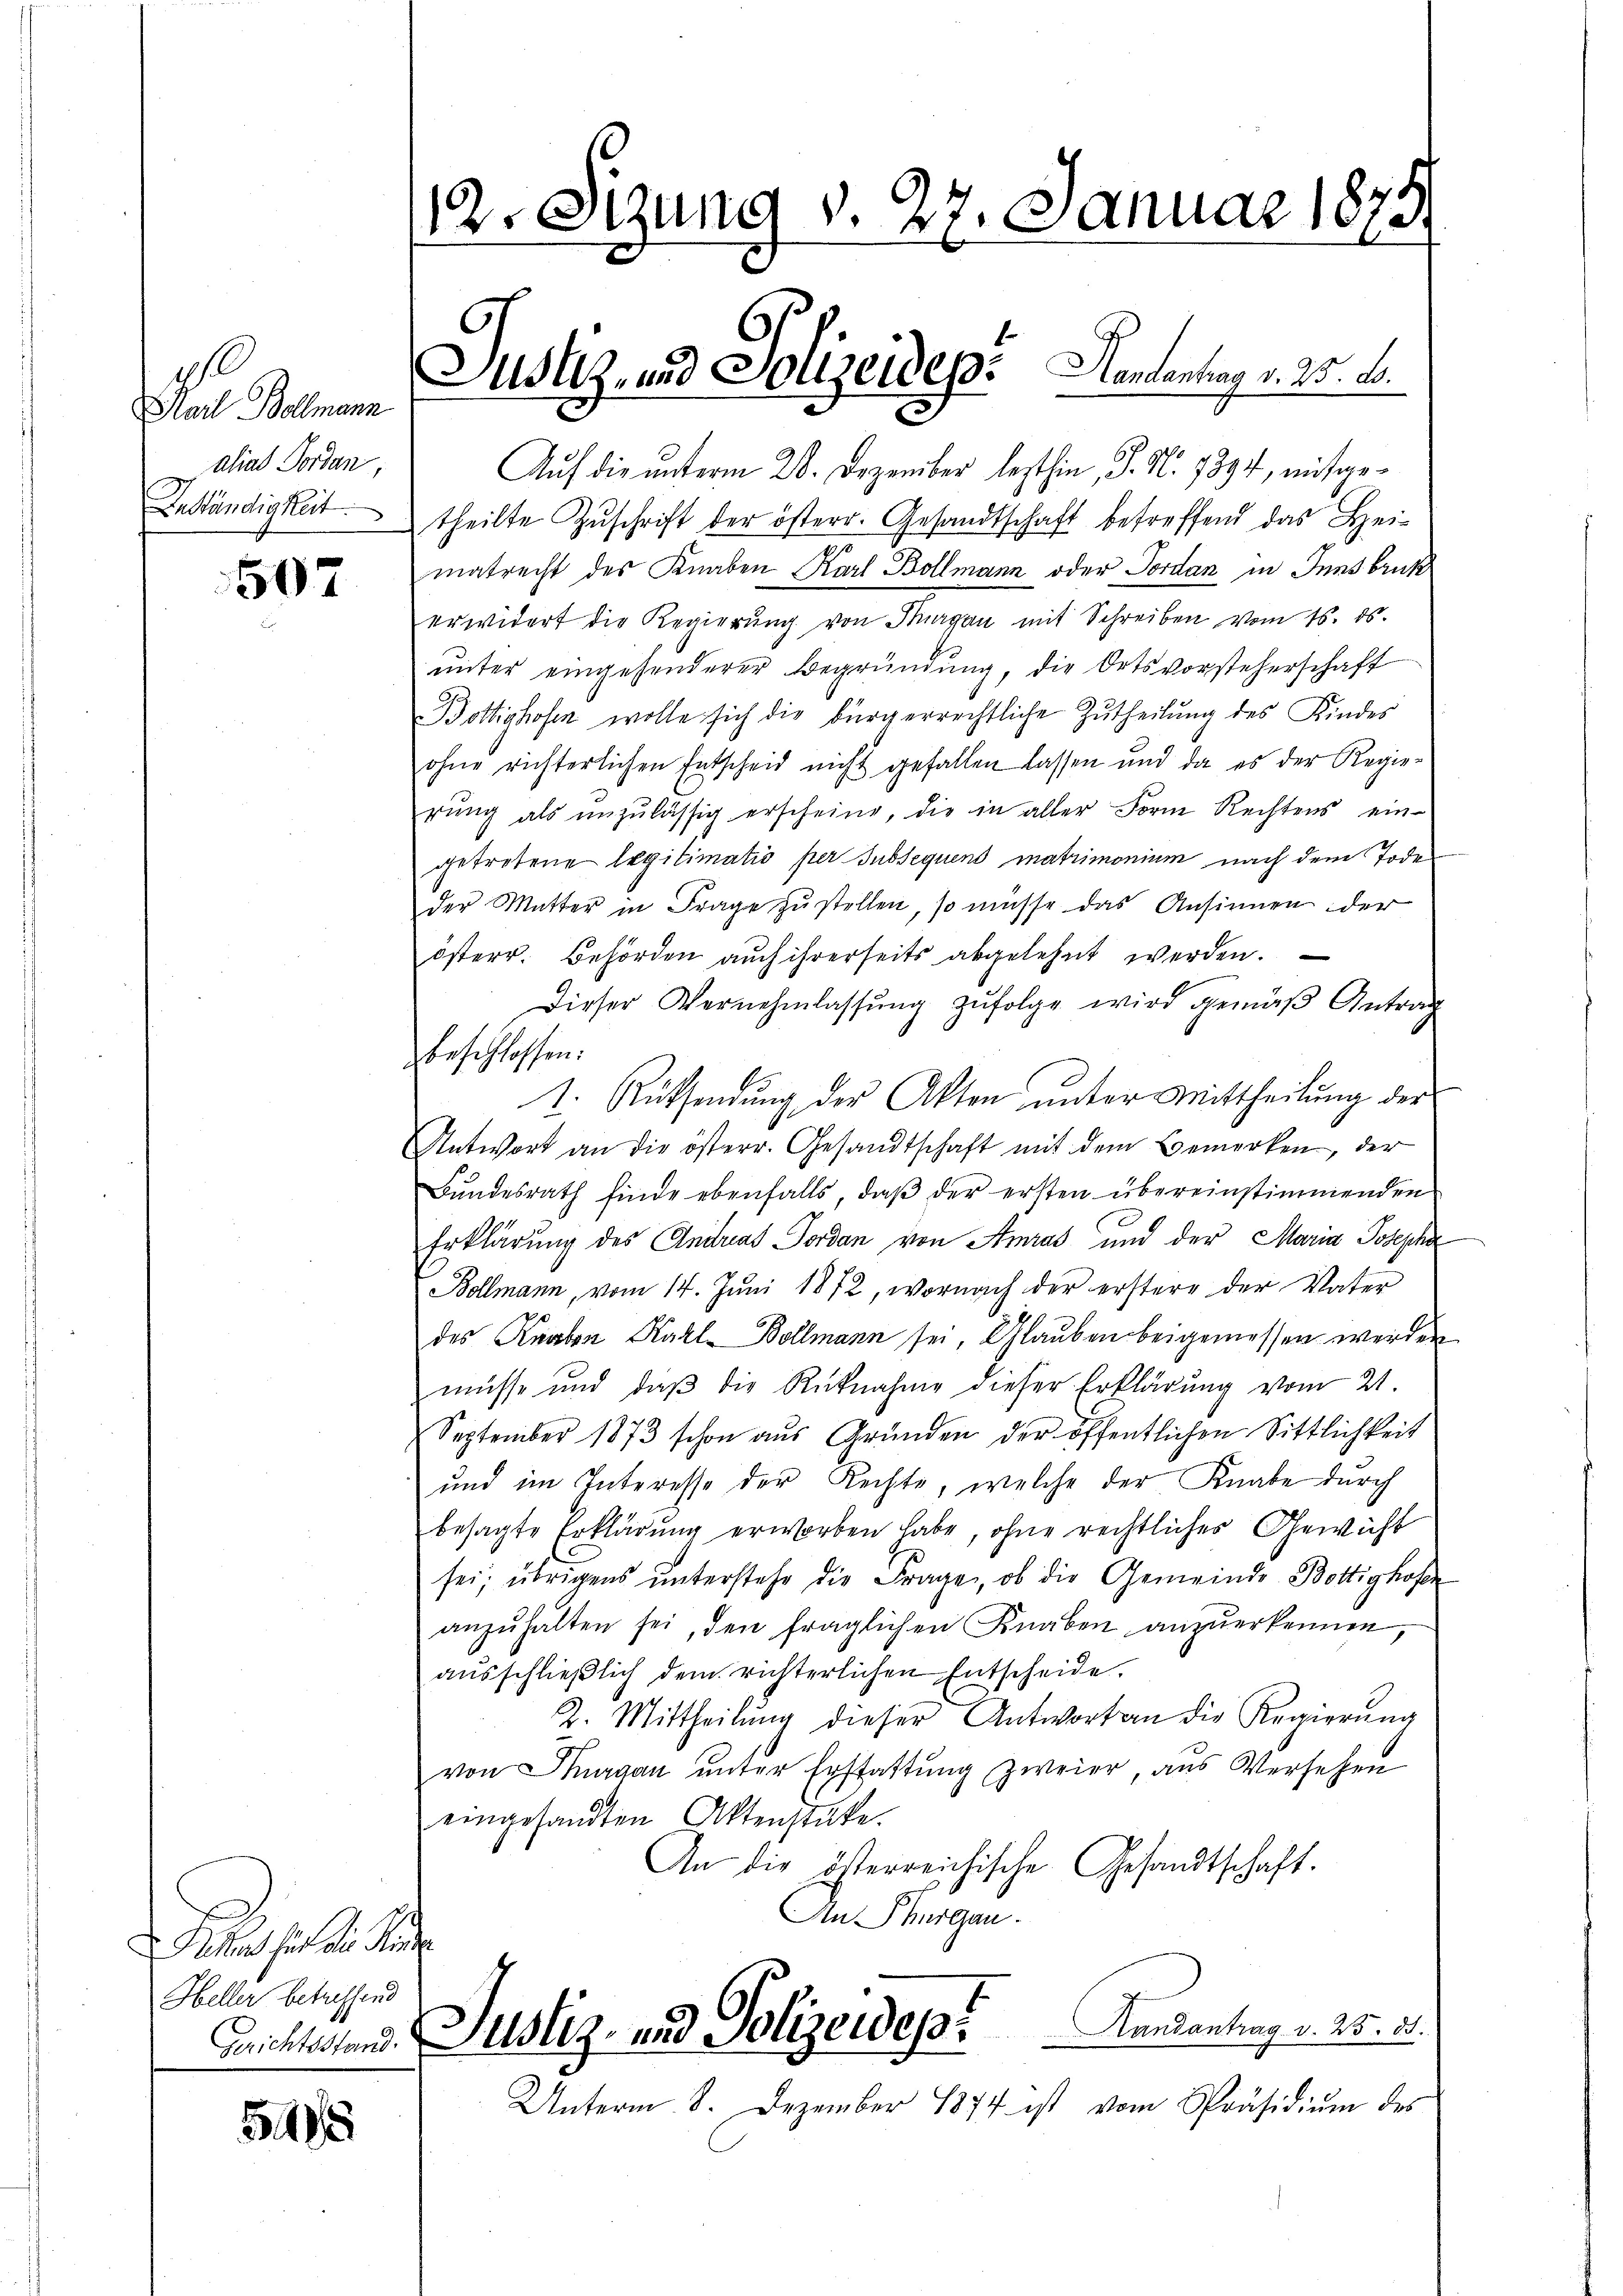
1
Karl Bollmann
alias Forden,
Anständigkeit

507

M für die Kinde
Heller betreffend
Gerichtsstand.

518

12. Sizung v. 27. Januar 1879.
e

Auf die unterm 28. Dezember lezthin, J. N. 7894, mitgetheilte Zŭschrift der österr. Gesandtschaft betreffend das Heimatrecht des Knaben Karl Bollmann oder Jordan in Innsbruk
erwidert die Regierŭng von Fragen mit Schreiben vom 16. 15.
ŭnter eingesonderer Begründŭng, die Ortsvorsteherschaft
Bottighofen wolle sich die bürgerrechtliche Zutheilung des Kindes
ohne richterlichen Entscheid nicht gefallen lassen und da es der Regie-
rŭng als unzulässig erscheine, die in aller Form Rechtens ein-
getretene legitimatio per Jubsequens matrimonium nach dem Tode
der Mutter in Frage zŭstellen, so müsse das Ansinnen der
österr. Behörden aŭch ihrerseits abgelehnt werden.
Dieser Vernehmlassŭng zufolge wird gemäß Antrag
beschlossen:
1. Rücksendung der Akten unter Mittheilung der
Antwort an die österr. Gesandtschaft mit dem Bemerken, der
Bŭndesrath finde ebenfalls, daβ der ersten übereinstimmenden
Erklärung des Andreas Forden von Amras und der Maria Josepha
Bollmann, vom 14. Juni 1872, wornach der erstere der Vater
des Knaben Karl Bollmann sei, Glauben beigemessen werden
müsse und daβ die Rücknahme dieser Erklärung vom 21.
September 1873 schon aus Gründen der öffentlichen Sittlichkeit
und im Interesse der Rechte, welche der Knabe durch
besagte Erklärung erworben habe, ohne rechtliches Gewicht
sei; übrigens ŭnterstehe die Frage, ob die Gemeinde Bottighofe
anzŭhalten sei, den fraglichen Knaben anzŭerkennen,
ausschließlich dem richterlichen Entscheide.
2. Mittheilŭng dieser Antwort an die Regierŭng
von Thurgau unter Erstattung zweier aus Versehen
eingesandten Aktenstate.
An die österreichische Gesandtschaft.
An Thurgau.
Handantrag v. 25. 35.
Justiz- und Polizeidep
Unterm 8. Dezember 1874 ist vom Präsidiŭm des

Justiz- und Polizeidep. Kantonung v. 25. d.